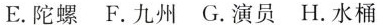
E. 陀螺 F. 九州 G. 演员 H. 水桶